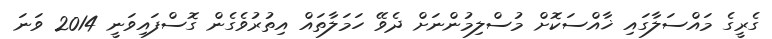
ގެރީގެ މައްސަލާގައި ޚާއްސަކޮށް މުސްލިމުންނަށް ދެވޭ ހަމަލާތައް އިތުރުވެގެން ގޮސްފައިވަނީ 2014 ވަނަ